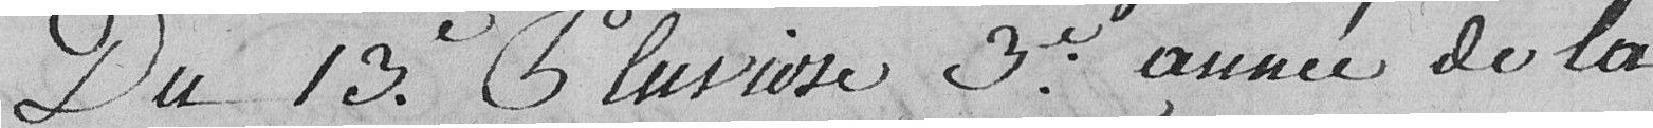
Du 13e Pluviôse 3e année de la